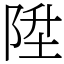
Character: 陞